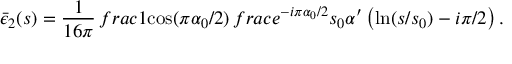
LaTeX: \bar { \epsilon } _ { 2 } ( s ) = \frac { 1 } { 1 6 \pi } \, f r a c { 1 } { \cos ( \pi \alpha _ { 0 } / 2 ) } \, f r a c { e ^ { - i \pi \alpha _ { 0 } / 2 } } { s _ { 0 } \alpha ^ { \prime } \left( \ln ( s / s _ { 0 } ) - i \pi / 2 \right) } \, .